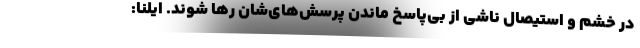
در خشم و استیصال ناشی از بی‌پاسخ ماندن پرسش‌های‌شان رها شوند. ایلنا: